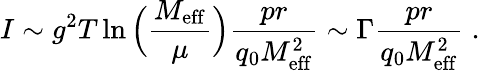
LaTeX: I\sim g^{2}T\ln\Big({\frac{M_{\mathrm{eff}}}{\mu}}\Big){\frac{pr}{q_{0}M_{\mathrm{eff}}^{2}}}\sim\Gamma{\frac{pr}{q_{0}M_{\mathrm{eff}}^{2}}}\; .